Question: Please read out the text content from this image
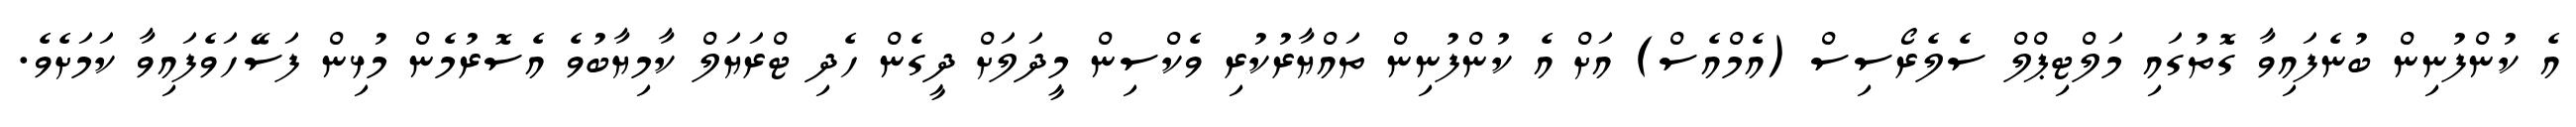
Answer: އެ ކުންފުނިން ބުނެފައިވާ ގޮތުގައި މަލްޓިޕްލް ސެލެރޯސިސް (އެމްއެސް) އަށް އެ ކުންފުނިން ތައްޔާރުކުރި ވެކްސިން މީދަލަށް ދީގެން ހެދި ޓްރަޔަލް ކާމިޔާބުވެ އެސޮރުމެން މުޅިން ފަސޭހަވެފައިވާ ކަމަށެވެ.